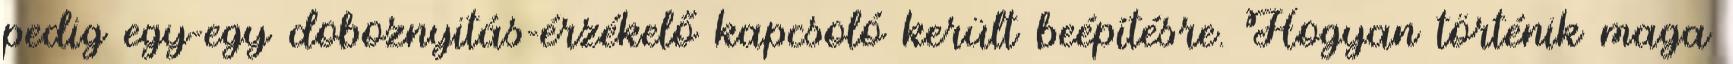
pedig egy-egy doboznyitás-érzékelő kapcsoló került beépítésre. Hogyan történik maga